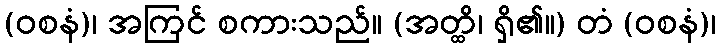
(ဝစနံ)၊ အကြင် စကားသည်။ (အတ္ထိ၊ ရှိ၏။) တံ (ဝစနံ)၊